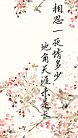
相思一夜情多少，地角天涯未是长。